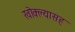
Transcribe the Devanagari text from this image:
खोक्ल्यासह